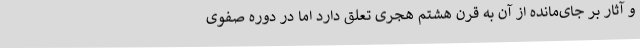
و آثار بر جای‌مانده از آن به قرن هشتم هجری تعلق دارد اما در دوره صفوی